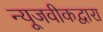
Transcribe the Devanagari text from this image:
न्यूजवीकद्वारा